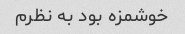
خوشمزه بود به نظرم